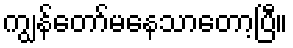
ကျွန်တော်မနေသာတော့ပြီ။